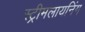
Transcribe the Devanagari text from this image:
स्ट्रीमलायनिंग